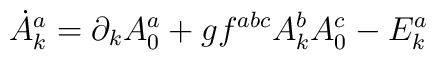
\dot A_k^a=\partial _kA_0^a+gf^{abc}A_k^bA_0^c-E_k^a